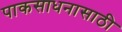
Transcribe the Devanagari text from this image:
पाकसाधनासाठी